system: You are a helpful assistant.
user:
Analyze the provided spectrum to determine if it is a **"Cataclysmic Variables (CV)"**.

- **Key Indicators for CV (Check for either state):**
    - **State 1: Quiescent / Low-State (Emission-Dominated)**
        - **(Primary):** Strong and *very broad* Hydrogen Balmer emission lines (e.g., $H\alpha$ at 6563 Å, $H\beta$ at 4861 Å). The 'broadness' (high velocity dispersion, often FWHM > 1000 km/s) is the key diagnostic, indicating a high-velocity accretion disk.
        - **(Secondary):** Broad neutral Helium (He I) emission lines (e.g., 5876 Å, 6678 Å).
        - **(Key Confirmation):** Presence of high-excitation *ionized* Helium (He II) emission at 4686 Å. This is a strong indicator of accretion onto a white dwarf.
        - **(Line Profile):** Emission lines may exhibit a 'double-peaked' profile, which is a classic signature of a rotating accretion disk viewed at high inclination.

    - **State 2: Outburst / High-State (Absorption-Dominated)**
        - **(Primary):** Spectrum is dominated by a bright, blue continuum (looks like a hot star).
        - **(Secondary):** The emission lines from State 1 are weak, absent, or 'filled in', and are replaced by broad, shallow *absorption* lines (primarily Balmer and He I).
        - **(Morphology):** The overall spectrum mimics a hot B/A-type star. The crucial difference is that the absorption lines are significantly broader, shallower, and more 'washed-out' (or 'smeared') than the sharp lines of a normal stellar photosphere, due to high rotational speeds and pressure broadening in the disk.

Think first, call **spectral_visualization_tool** if needed to examine features in detail, then provide your final answer. Your response must adhere to the following strict rules:
1.  **Overall Structure:** Your response must follow the format `<think>...</think> <tool_call>...</tool_call> (if a tool is used) <answer>...</answer>`.
2.  **Tool Usage Constraint:** You may only make **one** tool call per turn.
3.  **Final Answer Format:** In the `<answer>` tag, your conclusion must be inside a `\boxed{}` command (e.g., `\boxed{YES}`), followed by your justification.

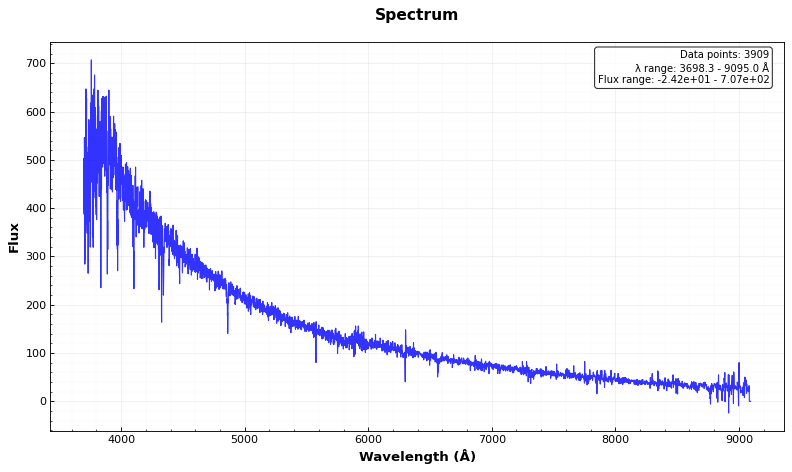
Answer: NO